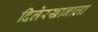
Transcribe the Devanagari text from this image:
दिलेरखानाला